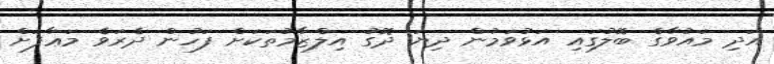
އަދި މައުވާގެ ބޮލުގައި އަޅުވަމުން ދިޔަ ދޮގު އިލްޒާމުތަކަށް ފަހުން ދެރަވެ މަޢާފަށް